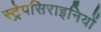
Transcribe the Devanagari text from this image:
स्ट्रेपसिराइनियों